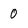
Character: 0